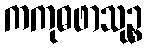
ကကုဓဖာသုဉ္စ